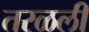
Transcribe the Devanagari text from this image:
तरळली